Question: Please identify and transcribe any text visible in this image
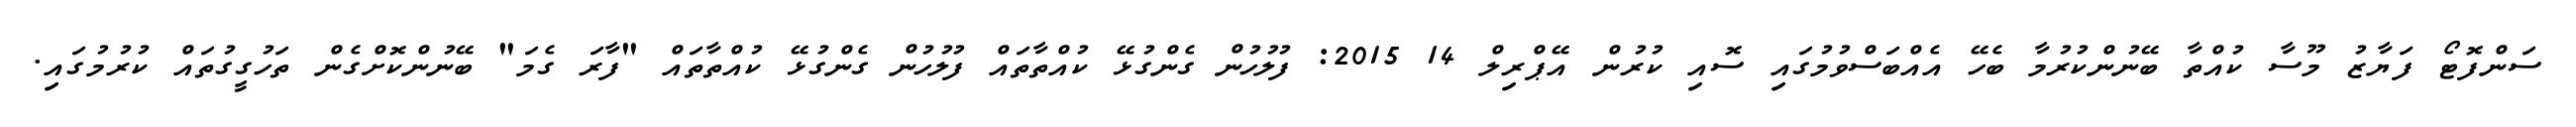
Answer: ސަންފޮޓޯ ފަޔާޒު މޫސާ ކުއްތާ ބޭނުންކުރުމާ ބެހޭ އެއްބަސްވުމުގައި ސޮއި ކުރުން އޭޕްރިލް 14 2015: ފުލުހުން ގެންގުޅޭ ކުއްތާތައް ފުލުހުން ގެންގުޅޭ ކުއްތާތައް "ފާރަ ގެމަ" ބޭނުންކޮށްގެން ތަހުގީގުތައް ކުރުމުގައި.